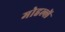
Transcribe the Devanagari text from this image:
मोहल्लें